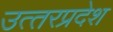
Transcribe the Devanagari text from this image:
उत्‍तरप्रदेश